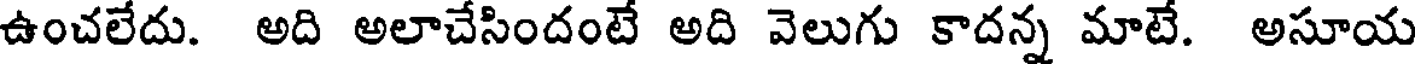
ఉంచలేదు. అది అలాచేసిందంటే అది వెలుగు కాదన్న మాటే. అసూయ